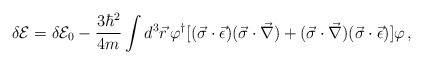
\begin{align*}\delta {\cal E}=\delta {\cal E}_0 -\frac{3\hbar^2}{4m}\int d^3\vec{r}\,\varphi^{\dagger}[(\vec{\sigma}\cdot\vec{\epsilon})(\vec{\sigma}\cdot\vec{\nabla})+(\vec{\sigma}\cdot\vec{\nabla})(\vec{\sigma}\cdot\vec{\epsilon})]\varphi\,{,}\end{align*}